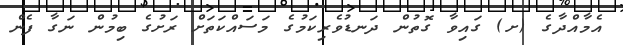
އެމާއްދާގެ (ށ) ގައިވާ ގޮތުން ދަނޑުވެރިކަމުގެ މަސައްކަތަށް ރަށުގެ ބިމުން ނަގާ ފެން